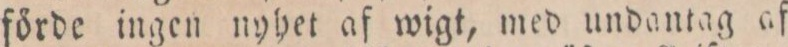
förde ingen nyhet af wigt, med undantag af